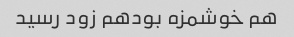
هم خوشمزه بودهم زود رسید